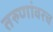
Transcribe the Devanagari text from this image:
तरुणांवरच